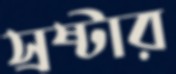
স্রষ্টার